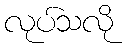
လုပ်သလို